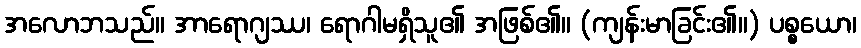
အလောဘသည်။ အာရောဂျဿ၊ ရောဂါမရှိသူ၏ အဖြစ်၏။ (ကျန်းမာခြင်း၏။) ပစ္စယော၊